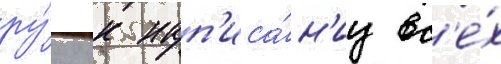
ру́ку к нап'иса́н'иу вс'е́х